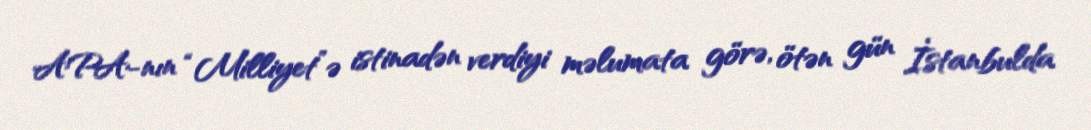
APA-nın “Milliyet”ə istinadən verdiyi məlumata görə, ötən gün İstanbulda